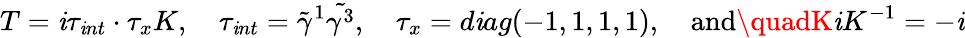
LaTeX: T=\mathit{i}\tau_{\mathit{i}nt}\cdot\tau_{x}K,\quad\tau_{\mathit{i}nt}=\tilde{{\gamma}}^{1}\tilde{{\gamma^{3}}},\quad\tau_{x}=d\mathit{i}ag(-1,1,1,1),\quad\mathrm{{and}}\quadK\mathit{i}K^{-1}=-\mathit{i}